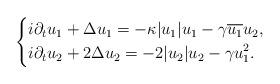
LaTeX: \begin{align*}\left\{\begin{aligned}&i\partial_t u_1 +\Delta u_1 = -\kappa |u_1|u_1 - \gamma \overline{u_1} u_2, \\&i\partial_t u_2 +2\Delta u_2 = -2 |u_2|u_2 - \gamma u_1^2.\end{aligned}\right.\end{align*}